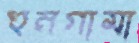
হুনগামা